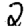
Digit: 2